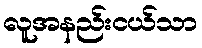
လူအနည်းငယ်သာ